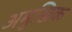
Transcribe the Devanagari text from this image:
अमुखिक